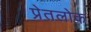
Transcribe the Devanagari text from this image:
प्रेतलोक